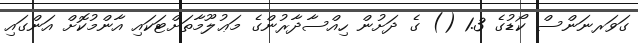
ގަވަރނަންސް ކޯޑުގެ 1.3 () ގެ ދަށުން ހިއްސާދާރުންގެ މަޢުލޫމާތަށްޓަކައި އާންމުކޮށް އަންގައި